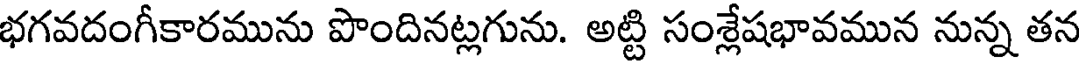
భగవదంగీకారమును పొందినట్లగును. అట్టి సంశ్లేషభావమున నున్న తన